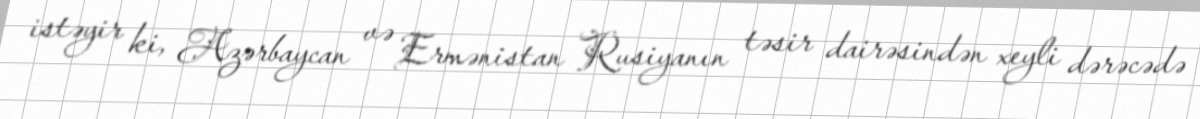
istəyir ki, Azərbaycan və Ermənistan Rusiyanın təsir dairəsindən xeyli dərəcədə